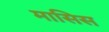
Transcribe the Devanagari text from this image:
मासिस